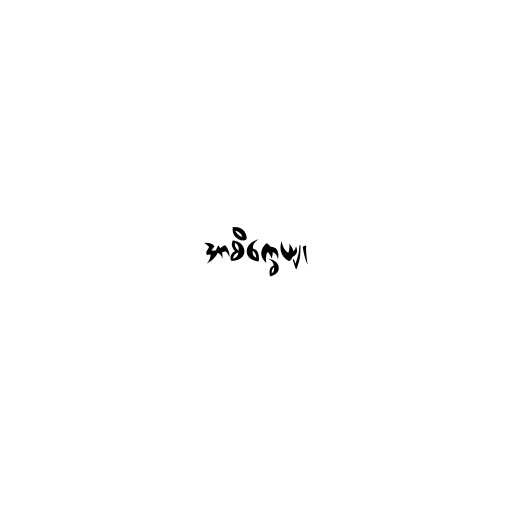
အာစိက္ခေယျ၊